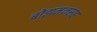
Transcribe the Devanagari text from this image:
बोझमनसह